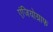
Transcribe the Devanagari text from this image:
एंजियोग्राफ